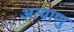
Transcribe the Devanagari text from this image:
अत्याणु